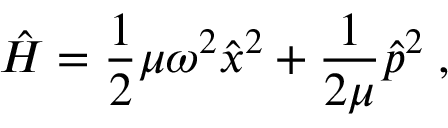
\hat { H } = \frac { 1 } { 2 } \mu \omega ^ { 2 } \hat { x } ^ { 2 } + \frac { 1 } { 2 \mu } \hat { p } ^ { 2 } \; ,